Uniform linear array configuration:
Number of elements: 24
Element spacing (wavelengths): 0.5
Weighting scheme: exponential
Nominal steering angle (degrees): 60
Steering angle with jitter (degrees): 59.847
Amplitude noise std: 0.05
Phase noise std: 0.05

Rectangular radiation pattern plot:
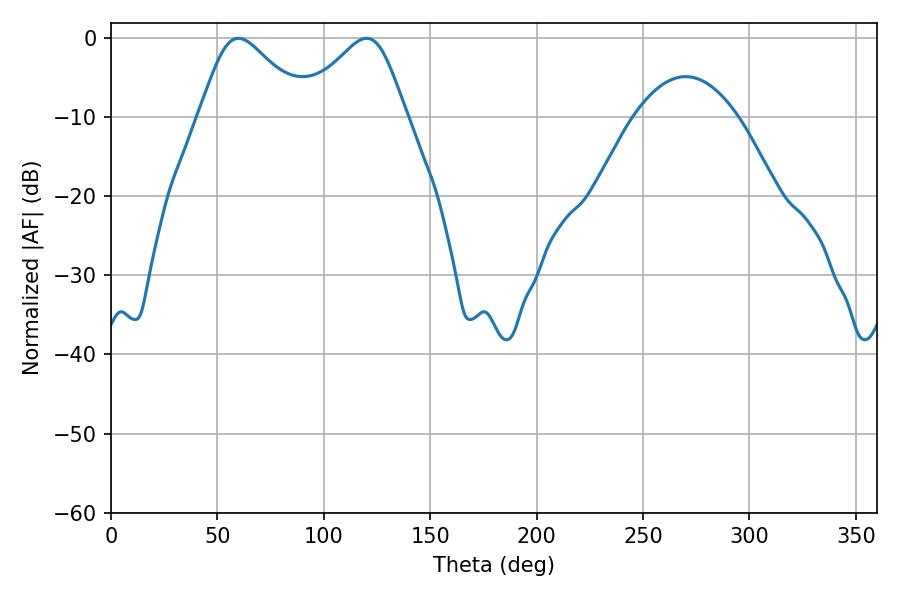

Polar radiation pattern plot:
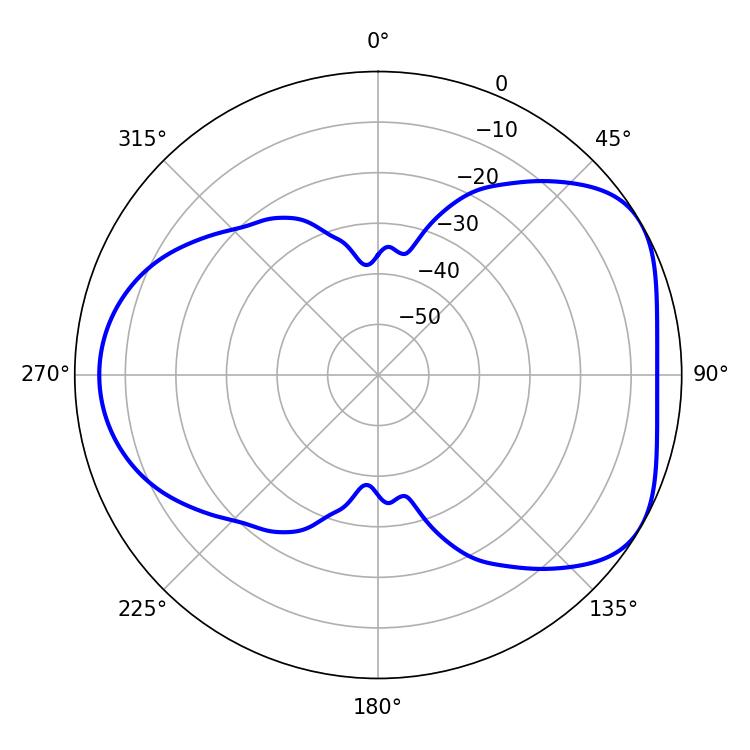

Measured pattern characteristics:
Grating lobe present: FALSE
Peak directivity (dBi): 4.867
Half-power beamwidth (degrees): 25.02
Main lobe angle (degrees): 59.94